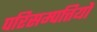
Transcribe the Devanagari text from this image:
परिसम्‍पत्तियों